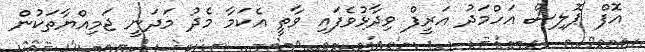
އޮފް ޕޮލިސް އަހްމަދު އަރީފް ވިދާޅުވެފައި ވާތީ އެކަމާ މެދު މަދަނީ ޖަމިއްޔާތަކުން